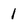
Character: 1